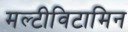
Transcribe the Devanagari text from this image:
मल्टीविटामिन